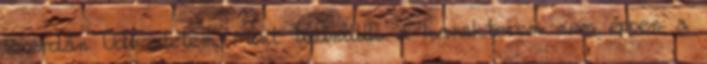
Szerdán Üdvözletem. Mint tudniilik a karakterem nem éppen a